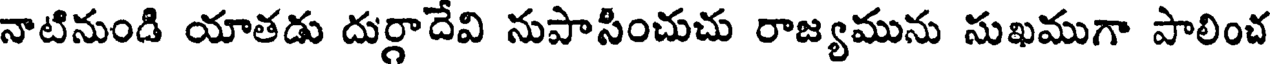
నాటినుండి యాతడు దుర్గాదేవి నుపాసించుచు రాజ్యమును సుఖముగా పాలించ